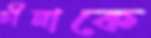
চীনাকে